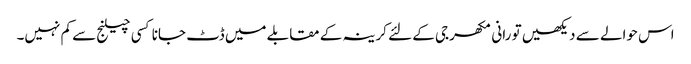
اس حوالے سے دیکھیں تو رانی مکھرجی کے لئے کرینہ کے مقابلے میں ڈٹ جانا کسی چیلنج سے کم نہیں۔